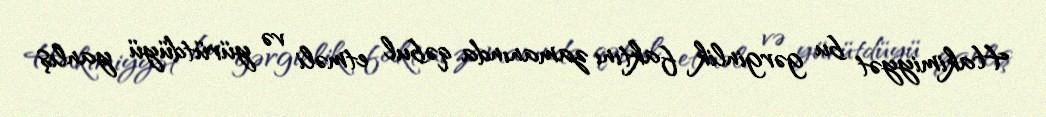
Hakimiyyət bu gərginlik faktını zamanında qəbul etməli və yürütdüyü yanlış